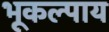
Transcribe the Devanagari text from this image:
भूकल्पाय